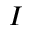
I